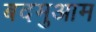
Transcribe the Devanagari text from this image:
बदमुआम